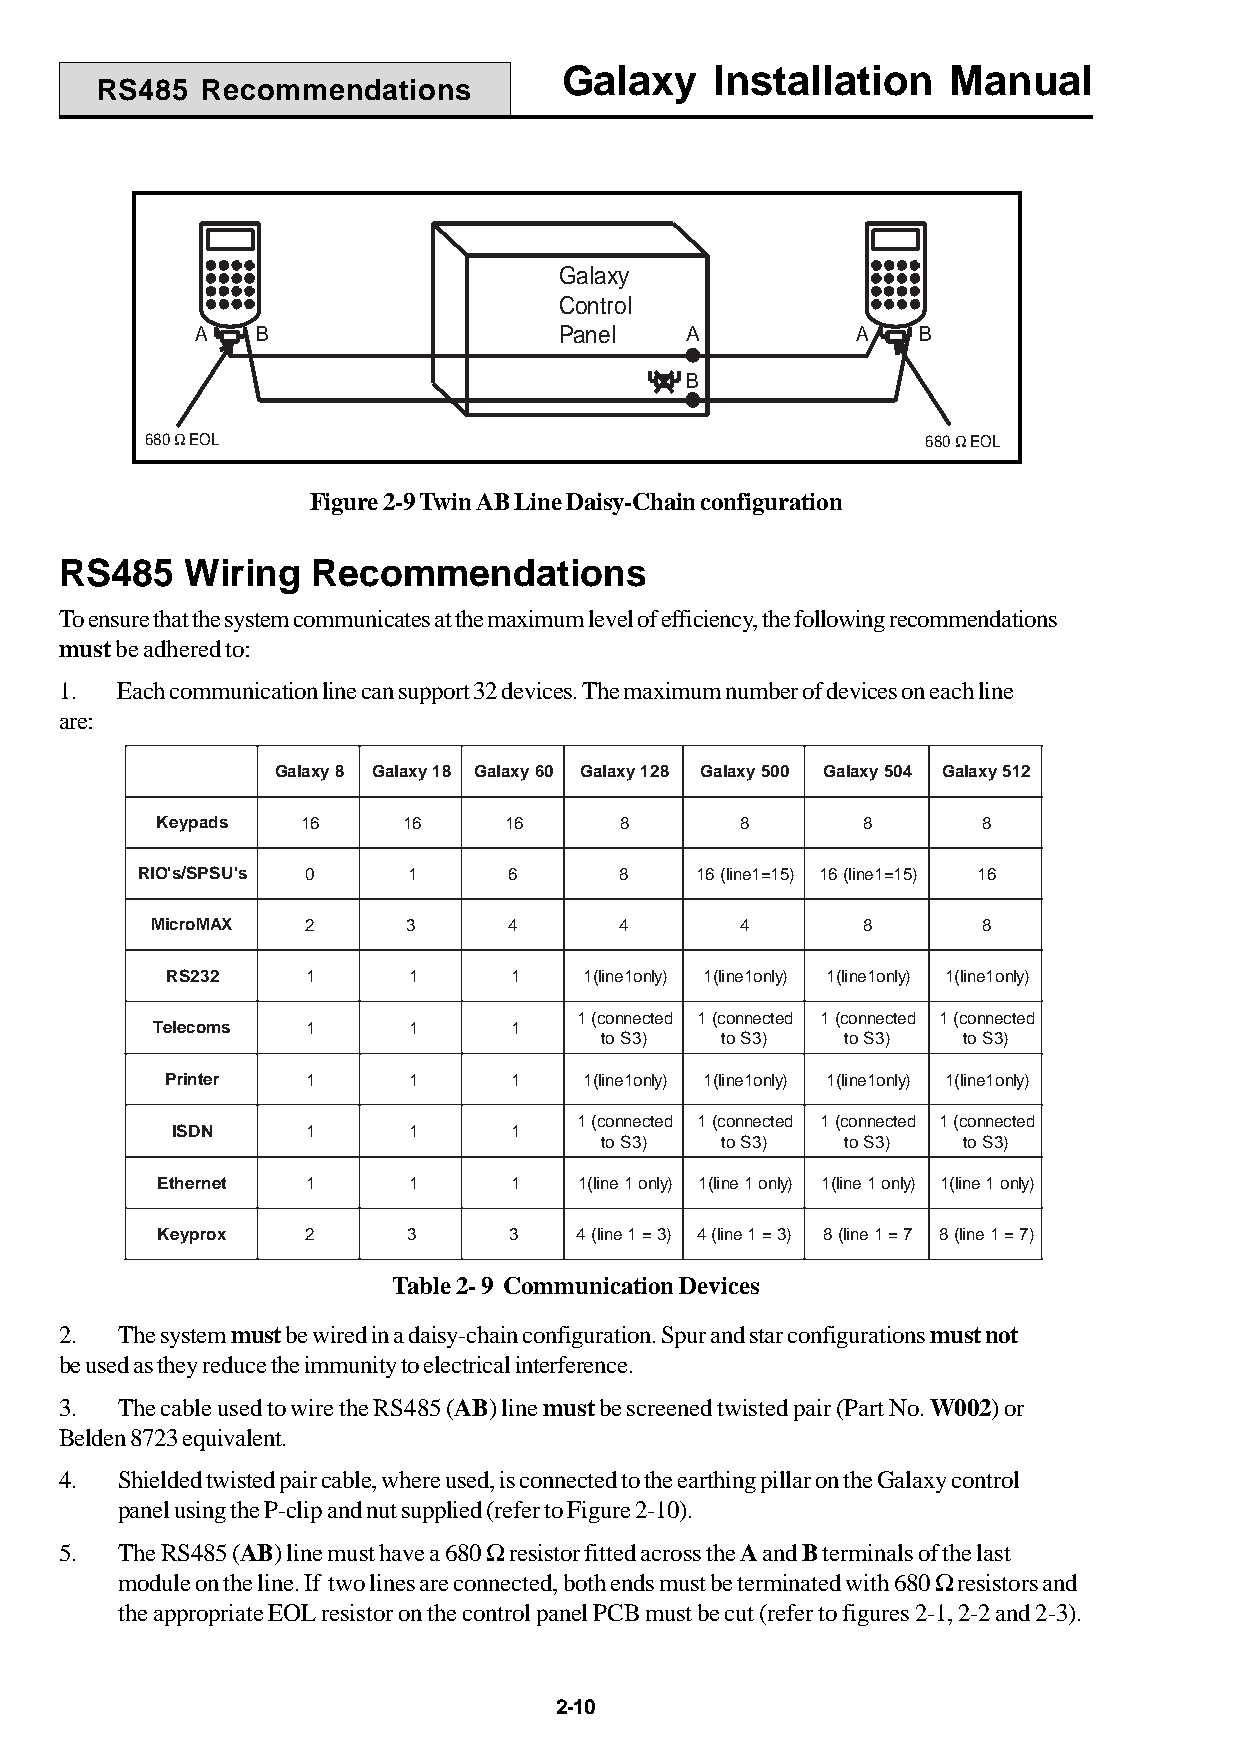
Galaxy    Installation    Manual
 RS485  Recommendations
 Galaxy
 Control
 A   B                   Panel   A           A   B
 B
 680 W EOL                                          680 W EOL
 Figure 2-9 Twin AB Line Daisy-Chain configuration
 RS485   Wiring   Recommendations
 To ensure that the system communicates at the maximum level of efficiency, the following recommendations
 must be adhered to:
 1.  Each communication line can support 32 devices. The maximum number of devices on each line
 are:
 Galaxy8 Galaxy18 Galaxy60 Galaxy128 Galaxy500 Galaxy504 Galaxy512
 Keypads   16     16    16      8       8       8       8
 RIO's/SPSU's 0    1      6      8    16(line1=15) 16(line1=15) 16
 MicroMAX  2      3      4      4       4       8       8
 RS232    1      1      1    1(line1only) 1(line1only) 1(line1only) 1(line1only)
 1(connected 1(connected 1(connected 1(connected
 Telecoms  1      1      1
 toS3)   toS3)   toS3)   toS3)
 Printer  1      1      1    1(line1only) 1(line1only) 1(line1only) 1(line1only)
 1(connected 1(connected 1(connected 1(connected
 ISDN     1      1      1
 toS3)   toS3)   toS3)   toS3)
 Ethernet  1      1      1   1(line1only) 1(line1only) 1(line1only) 1(line1only)
 Keyprox   2      3      3   4(line1=3) 4(line1=3) 8(line1=7 8(line1=7)
 Table 2- 9 Communication Devices
 2.  The system must be wired in a daisy-chain configuration. Spur and star configurations must not
 be used as they reduce the immunity to electrical interference.
 3.  The cable used to wire the RS485 (AB) line must be screened twisted pair (Part No. W002) or
 Belden 8723 equivalent.
 4.  Shielded twisted pair cable, where used, is connected to the earthing pillar on the Galaxy control
 panel using the P-clip and nut supplied (refer to Figure 2-10).
 5.  The RS485 (AB) line must have a 680 W resistor fitted across the A and B terminals of the last
 module on the line. If two lines are connected, both ends must be terminated with 680 W resistors and
 the appropriate EOL resistor on the control panel PCB must be cut (refer to figures 2-1, 2-2 and 2-3).
 2-10